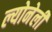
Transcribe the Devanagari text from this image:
ल्योनेली